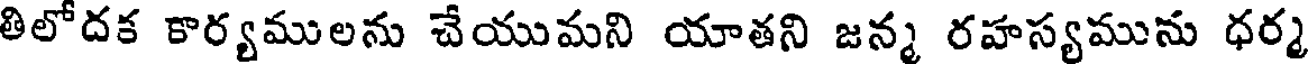
తిలోదక కార్యములను చేయుమని యాతని జన్మ రహస్యమును ధర్మ